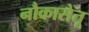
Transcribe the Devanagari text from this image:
नौकासेतू